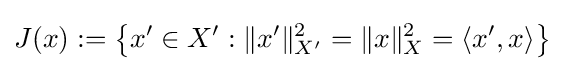
J(x):=\left\{x'\in X':\|x'\|_{X'}^{2}=\|x\|_{X}^{2}=\langle x',x\rangle \right\}